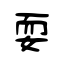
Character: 耍